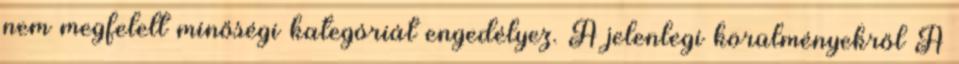
nem megfelelt minőségi kategóriát engedélyez. A jelenlegi körülményekről A